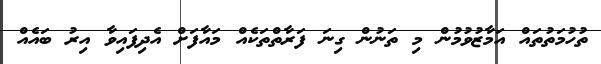
ތުހުމަތުތައް އަމާޒުވުމުން މި ތަނުން ގިނަ ފަރާތްތަކެއް މައާފަށް އެދިފައިވާ އިރު ބައެއް